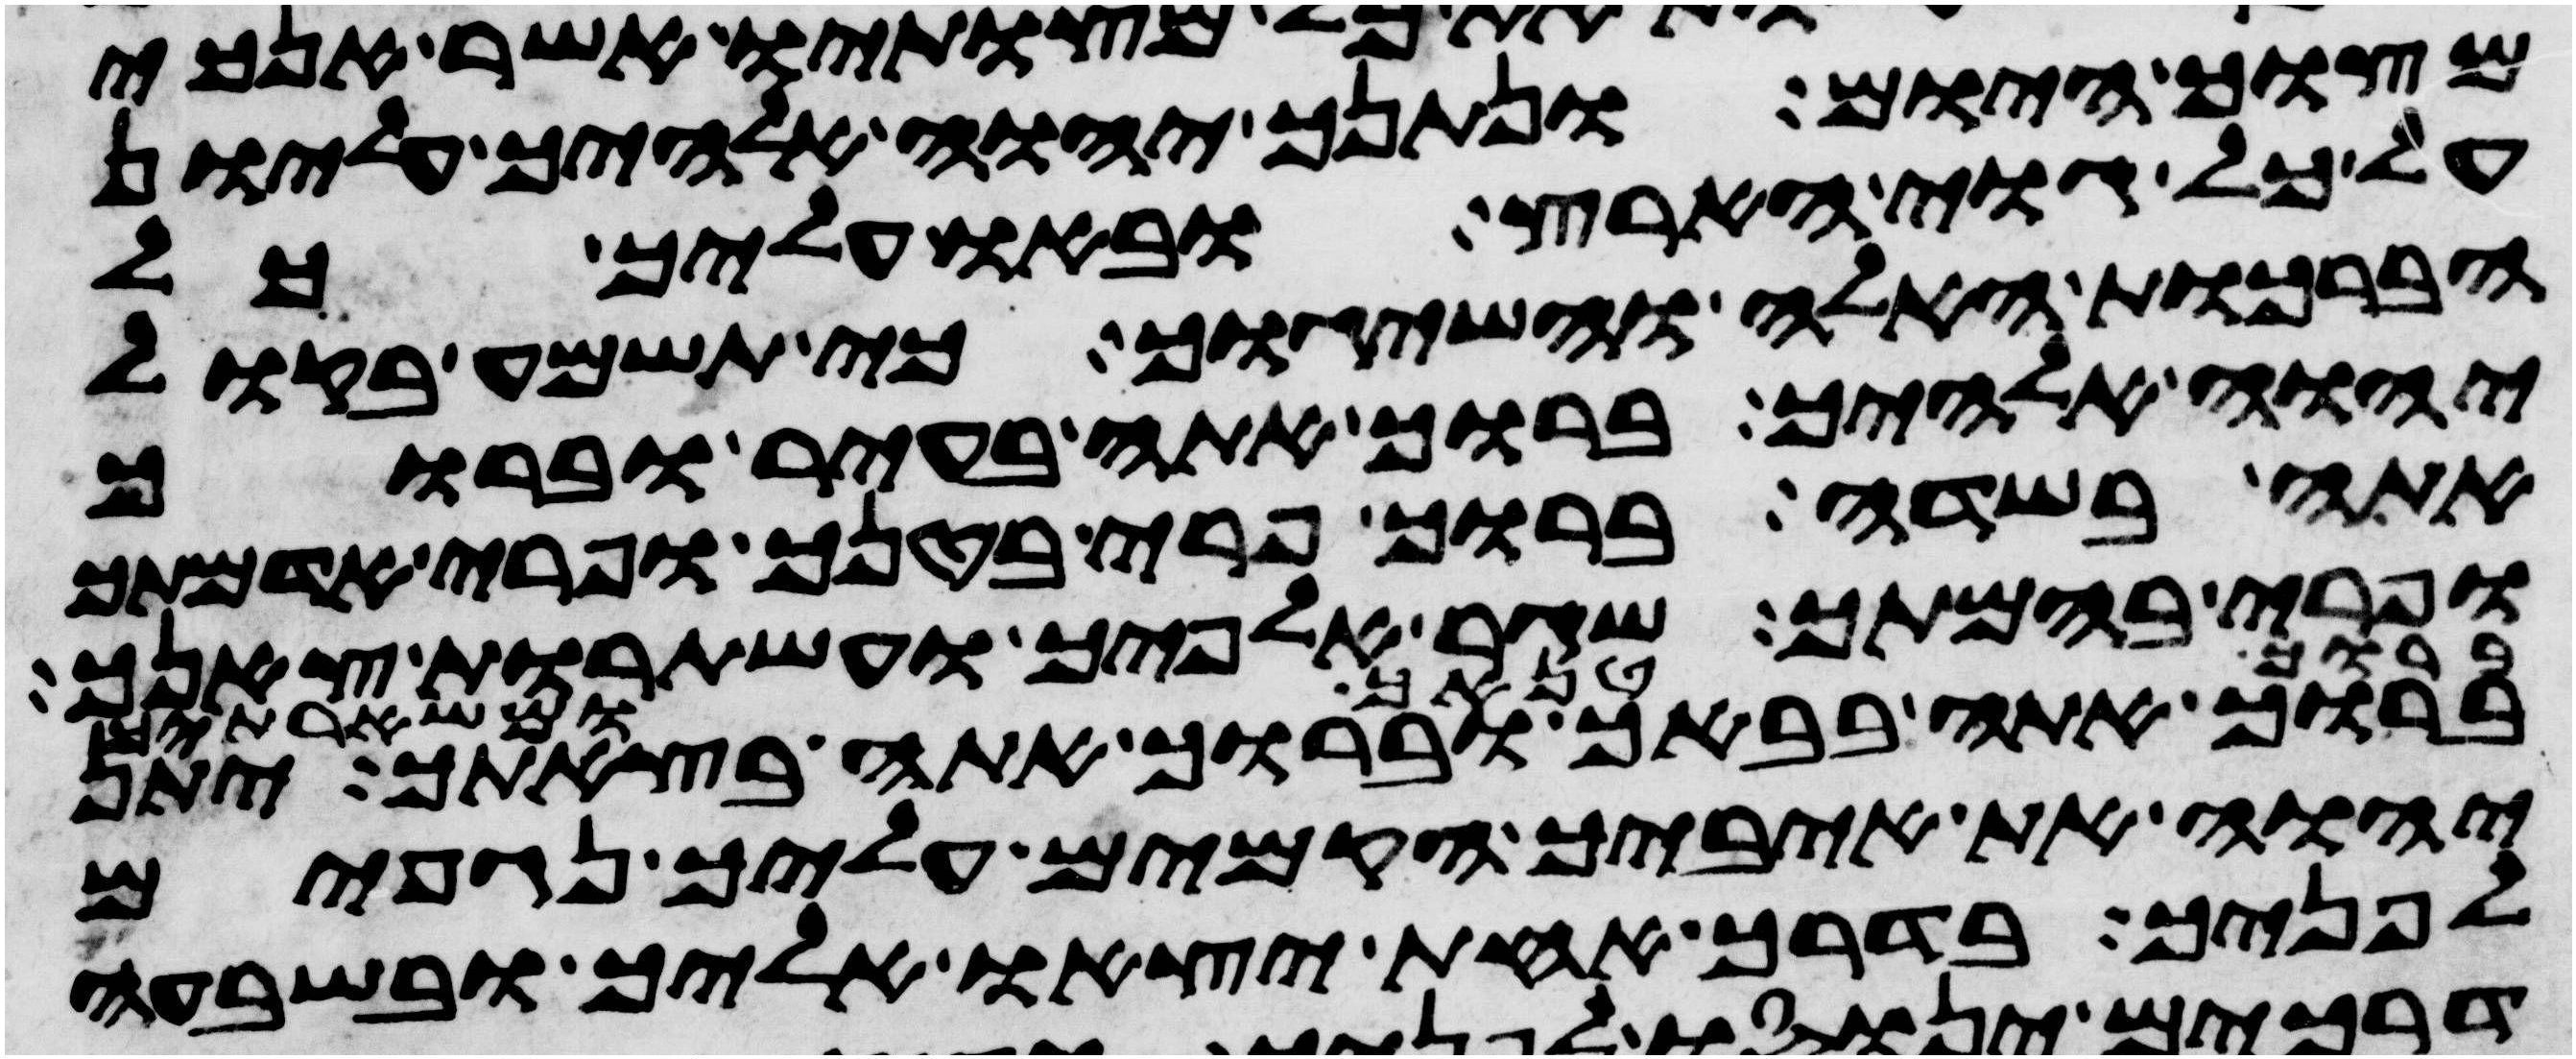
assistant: מצוך היום ונתנך יהוה אלהיך עליון
על כל גוי הארץ ובאו עליך כל
הברכות האלה והשיגוך כי תשמע בקול
יהוה אלהיך ברוך אתה בעיר וברוך
אתה בשדה ברוך פרי בטנך ופרי אדמתך
ופרי בהמתך שגר אלפיך ועשתרות צאנך
ברוך אתה בבאך וברוך אתה בצאתך יתן
יהוה את איביך הקמים עליך נגפים
לפניך בדרך אחת יצאו אליך ובשבעה